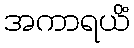
အကာရယိံ